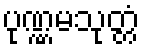
ပုဏ္ဏမသုတ္တံ